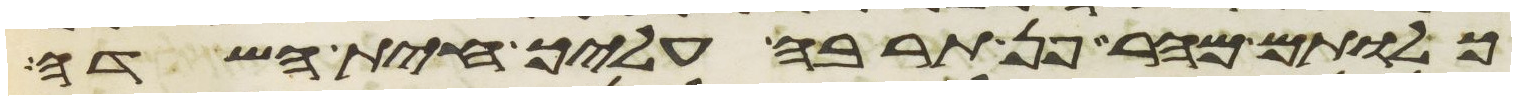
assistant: כלותם מהר פן תרבה עליך חית השדה